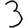
Digit: 3